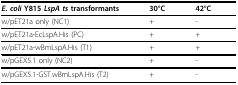
<table><thead><tr><td><b><i>E. coli </i>Y815 <i>LspA ts </i>transformants</b></td><td><b>30°C</b></td><td><b>42°C</b></td></tr></thead><tbody><tr><td>w/pET21a only (NC1)</td><td>+</td><td>-</td></tr><tr><td>w/pET21a-EcLspA.His (PC)</td><td>+</td><td>+</td></tr><tr><td>w/pET21a-wBmLspA.His (T1)</td><td>+</td><td>+</td></tr><tr><td>w/pGEX5.1 only (NC2)</td><td>+</td><td>-</td></tr><tr><td>w/pGEX5.1-GST.wBmLspA.His (T2)</td><td>+</td><td>-</td></tr></tbody></table>